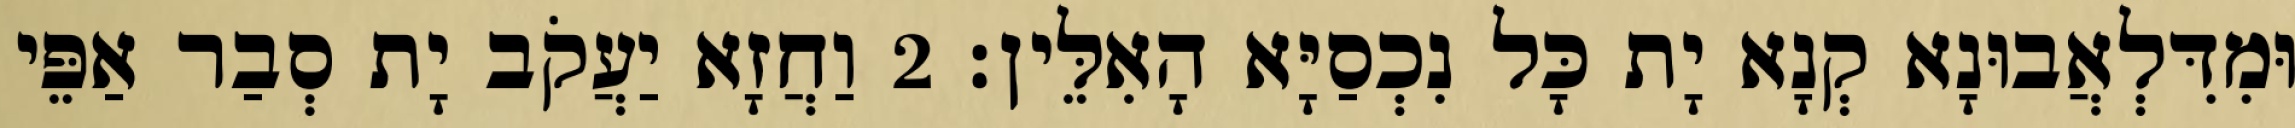
וּמִדִּלְאֲבוּנָא קְנָא יָת כָּל נִכְסַיָּא הָאִלֵּין׃ 2 וַחֲזָא יַעֲקֹב יָת סְבַר אַפֵּי